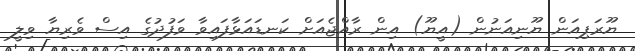
ޔޫރަޕިއަން ޔޫނިއަނުން (އީޔޫ) އިން ރާއްޖެއަށް ކަނޑައަޅާފައިވާ ވަފުދުގެ އިސް ވެރިޔާ ވިލީ